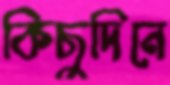
কিছুদিনে